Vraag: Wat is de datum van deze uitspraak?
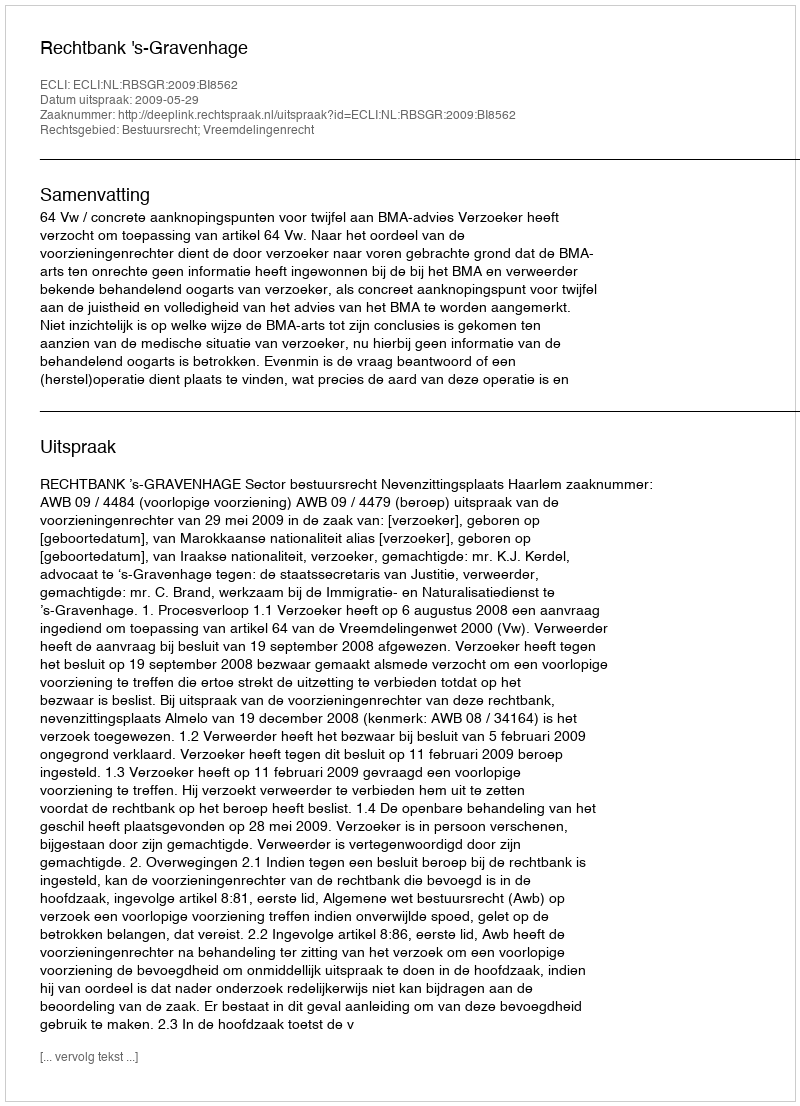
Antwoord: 2009-05-29